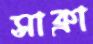
সাক্রা